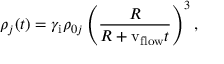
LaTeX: \rho _ { j } ( t ) = \gamma _ { \mathrm { i } } \rho _ { 0 j } \left( \frac { R } { R + \mathrm { v _ { f l o w } } t } \right) ^ { 3 } ,